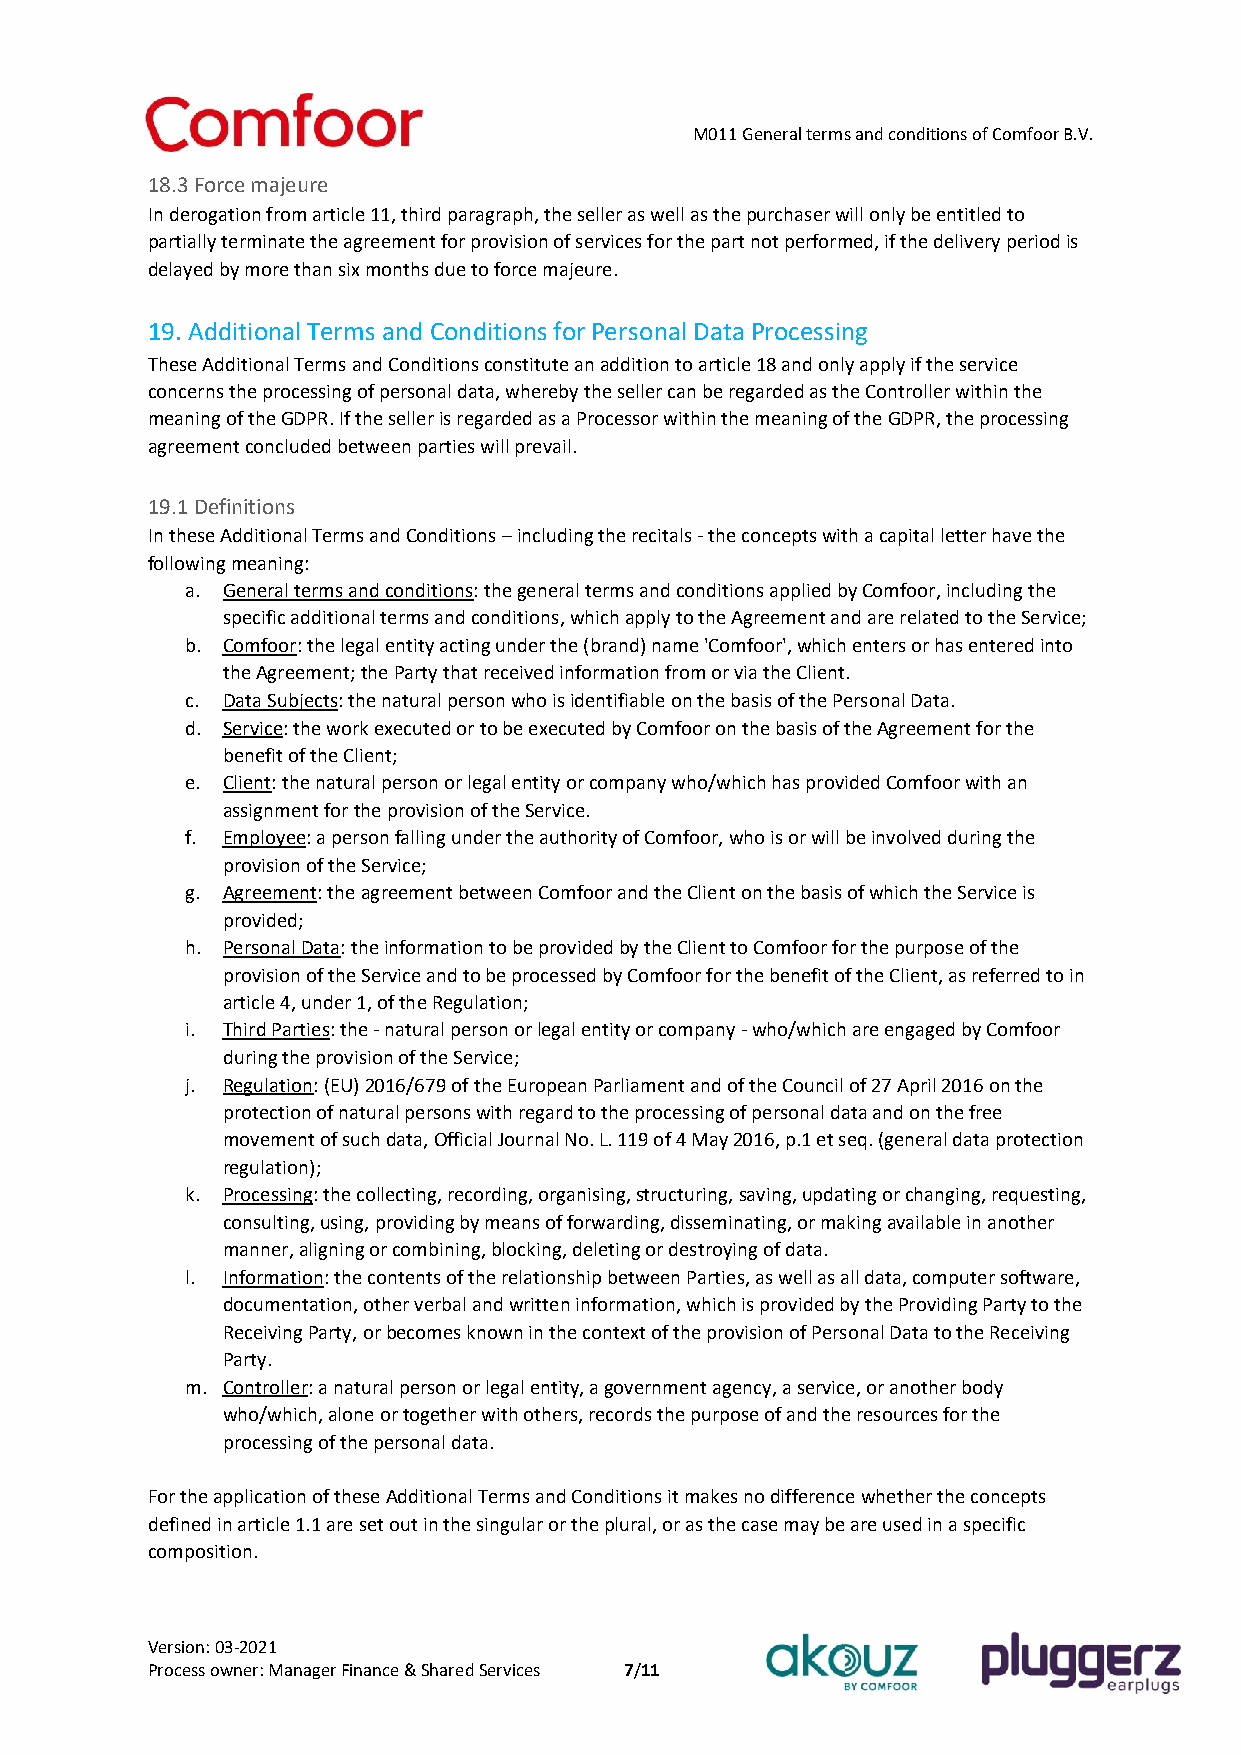
M011 General terms and conditions of Comfoor B.V.
 18.3 Force majeure
 In derogation from article 11, third paragraph, the seller as well as the purchaser will only be entitled to
 partially terminate the agreement for provision of services for the part not performed, if the delivery period is
 delayed by more than six months due to force majeure.
 19. Additional Terms and Conditions for Personal Data Processing
 These Additional Terms and Conditions constitute an addition to article 18 and only apply if the service
 concerns the processing of personal data, whereby the seller can be regarded as the Controller within the
 meaning of the GDPR. If the seller is regarded as a Processor within the meaning of the GDPR, the processing
 agreement concluded between parties will prevail.
 19.1 Definitions
 In these Additional Terms and Conditions – including the recitals - the concepts with a capital letter have the
 following meaning:
 a. General terms and conditions: the general terms and conditions applied by Comfoor, including the
 specific additional terms and conditions, which apply to the Agreement and are related to the Service;
 b. Comfoor: the legal entity acting under the (brand) name 'Comfoor', which enters or has entered into
 the Agreement; the Party that received information from or via the Client.
 c. Data Subjects: the natural person who is identifiable on the basis of the Personal Data.
 d. Service: the work executed or to be executed by Comfoor on the basis of the Agreement for the
 benefit of the Client;
 e. Client: the natural person or legal entity or company who/which has provided Comfoor with an
 assignment for the provision of the Service.
 f. Employee: a person falling under the authority of Comfoor, who is or will be involved during the
 provision of the Service;
 g. Agreement: the agreement between Comfoor and the Client on the basis of which the Service is
 provided;
 h. Personal Data: the information to be provided by the Client to Comfoor for the purpose of the
 provision of the Service and to be processed by Comfoor for the benefit of the Client, as referred to in
 article 4, under 1, of the Regulation;
 i. Third Parties: the - natural person or legal entity or company - who/which are engaged by Comfoor
 during the provision of the Service;
 j. Regulation: (EU) 2016/679 of the European Parliament and of the Council of 27 April 2016 on the
 protection of natural persons with regard to the processing of personal data and on the free
 movement of such data, Official Journal No. L. 119 of 4 May 2016, p.1 et seq. (general data protection
 regulation);
 k. Processing: the collecting, recording, organising, structuring, saving, updating or changing, requesting,
 consulting, using, providing by means of forwarding, disseminating, or making available in another
 manner, aligning or combining, blocking, deleting or destroying of data.
 l. Information: the contents of the relationship between Parties, as well as all data, computer software,
 documentation, other verbal and written information, which is provided by the Providing Party to the
 Receiving Party, or becomes known in the context of the provision of Personal Data to the Receiving
 Party.
 m. Controller: a natural person or legal entity, a government agency, a service, or another body
 who/which, alone or together with others, records the purpose of and the resources for the
 processing of the personal data.
 For the application of these Additional Terms and Conditions it makes no difference whether the concepts
 defined in article 1.1 are set out in the singular or the plural, or as the case may be are used in a specific
 composition.
 Version: 03-2021
 Process owner: Manager Finance & Shared Services 7/11